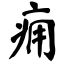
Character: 痈